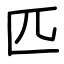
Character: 匹